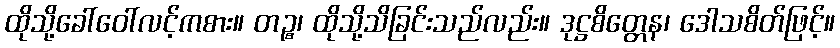
ထိုသို့ခေါ်ဝေါ်လင့်ကစား။ တဉ္စ၊ ထိုသို့သိခြင်းသည်လည်း။ ဒုဋ္ဌစိတ္တေန၊ ဒေါသစိတ်ဖြင့်။